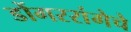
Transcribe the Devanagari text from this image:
डोंगररांगेचे